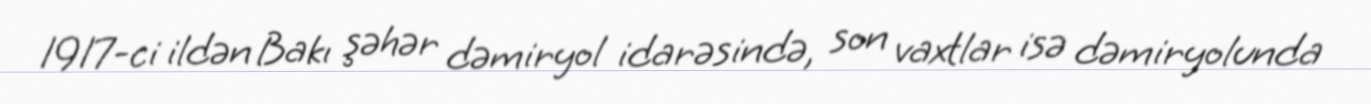
1917-ci ildən Bakı şəhər dəmiryol idarəsində, son vaxtlar isə dəmiryolunda